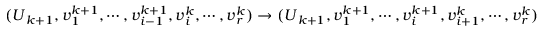
( \boldsymbol { U } _ { k + 1 } , \boldsymbol { v } _ { 1 } ^ { k + 1 } , \cdots , \boldsymbol { v } _ { i - 1 } ^ { k + 1 } , \boldsymbol { v } _ { i } ^ { k } , \cdots , \boldsymbol { v } _ { r } ^ { k } ) \rightarrow ( \boldsymbol { U } _ { k + 1 } , \boldsymbol { v } _ { 1 } ^ { k + 1 } , \cdots , \boldsymbol { v } _ { i } ^ { k + 1 } , \boldsymbol { v } _ { i + 1 } ^ { k } , \cdots , \boldsymbol { v } _ { r } ^ { k } )